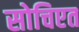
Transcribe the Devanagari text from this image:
सोचिएत